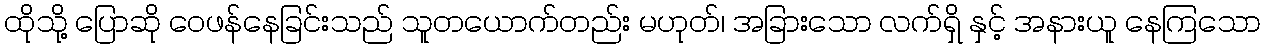
ထိုသို့ ပြောဆို ဝေဖန်နေခြင်းသည် သူတယောက်တည်း မဟုတ်၊ အခြားသော လက်ရှိ နှင့် အနားယူ နေကြသော